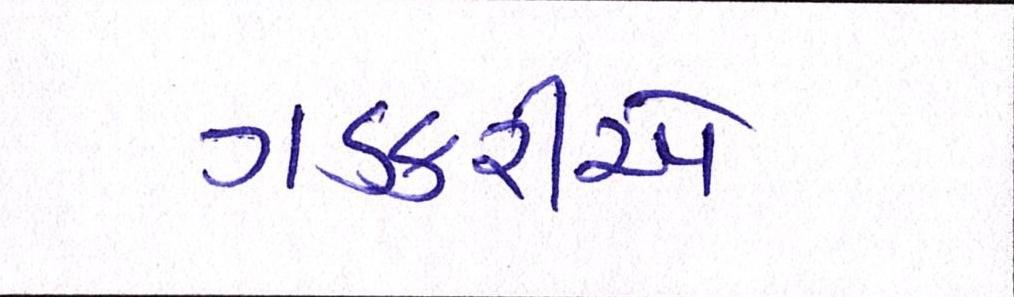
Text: ગડકરીએ